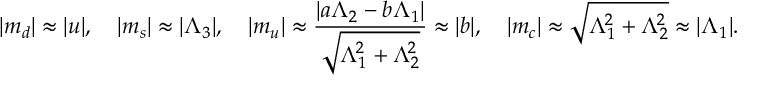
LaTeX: \vert m _ { d } \vert \approx \vert u \vert , \quad \vert m _ { s } \vert \approx \vert \Lambda _ { 3 } \vert , \quad \vert m _ { u } \vert \approx \frac { \vert a \Lambda _ { 2 } - b \Lambda _ { 1 } \vert } { \sqrt { \Lambda _ { 1 } ^ { 2 } + \Lambda _ { 2 } ^ { 2 } } } \approx \vert b \vert , \quad \vert m _ { c } \vert \approx \sqrt { \Lambda _ { 1 } ^ { 2 } + \Lambda _ { 2 } ^ { 2 } } \approx \vert \Lambda _ { 1 } \vert .